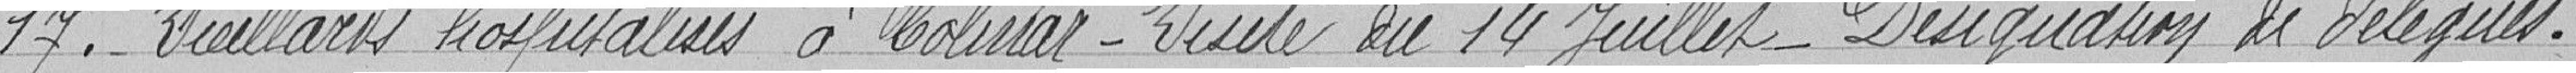
17. - Vieillards hospitalisés à Colmar - Visite du 14 juillet - Désignation de délégués.